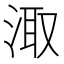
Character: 𭰮